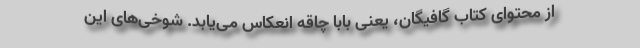
از محتوای کتاب گافیگان، یعنی بابا چاقه انعکاس می‌یابد. شوخی‌های این